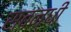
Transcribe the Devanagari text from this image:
सबन्धी